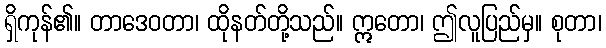
ရှိကုန်၏။ တာဒေဝတာ၊ ထိုနတ်တို့သည်။ ဣတော၊ ဤလူပြည်မှ။ စုတာ၊